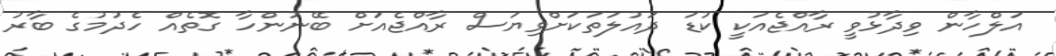
އަލްހާން ވިދާޅުވީ ރާއްޖެއަކީ ކުޑަ ދައުލަތަކަށްވިޔަސް ރާއްޖެއަށް ބޭނުންހާ ގޮތެއް ހެދުމުގެ ބާރު